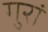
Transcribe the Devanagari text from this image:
गुरां